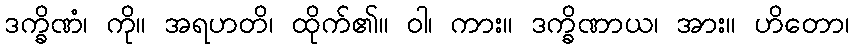
ဒက္ခိဏံ၊ ကို။ အရဟတိ၊ ထိုက်၏။ ဝါ၊ ကား။ ဒက္ခိဏာယ၊ အား။ ဟိတော၊